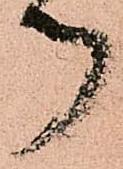
つ